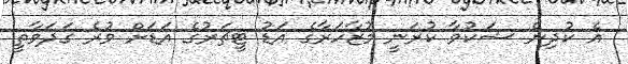
އެ ކުދިން ޝަކުވާ ކުރަނީ މުޒާހަރާގެ އަޑު ޓީޗަރުގެ އަޑަށް ވުރެ ގަދަވާތީ